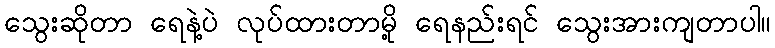
သွေးဆိုတာ ရေနဲ့ပဲ လုပ်ထားတာမို့ ရေနည်းရင် သွေးအားကျတာပါ။